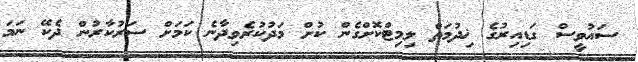
ސައުވީސް ގަޑިއިރުގެ ޚިދުމަތް ލިމިޓްކޮށްގެން ކުށް މަދުކުރެވިދާނެ ކަމަށް ސަރުކާރުން ދެކޭ ނަމަ